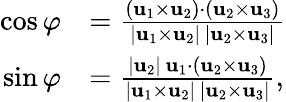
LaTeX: {\begin{array}{rl}{\cos\varphi}&{={\frac{(\mathbf{u}_{1}\times\mathbf{u}_{2})\cdot(\mathbf{u}_{2}\times\mathbf{u}_{3})}{|\mathbf{u}_{1}\times\mathbf{u}_{2}|\, |\mathbf{u}_{2}\times\mathbf{u}_{3}|}}}\\ {\sin\varphi}&{={\frac{|\mathbf{u}_{2}|\, \mathbf{u}_{1}\cdot(\mathbf{u}_{2}\times\mathbf{u}_{3})}{|\mathbf{u}_{1}\times\mathbf{u}_{2}|\, |\mathbf{u}_{2}\times\mathbf{u}_{3}|}},}\end{array}}